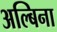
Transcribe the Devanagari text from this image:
अल्बिना